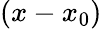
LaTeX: (x-x_{0})